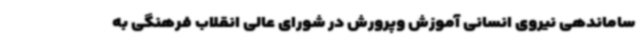
ساماندهی نیروی انسانی آموزش وپرورش در شورای عالی انقلاب فرهنگی به